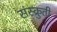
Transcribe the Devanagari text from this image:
संस्क्रुती